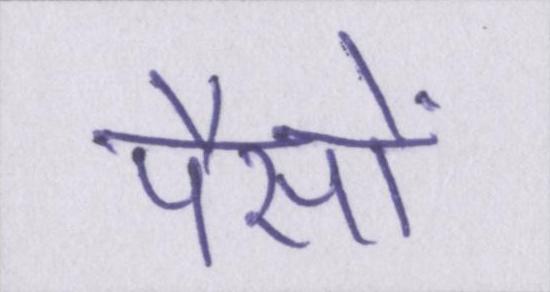
पैसों